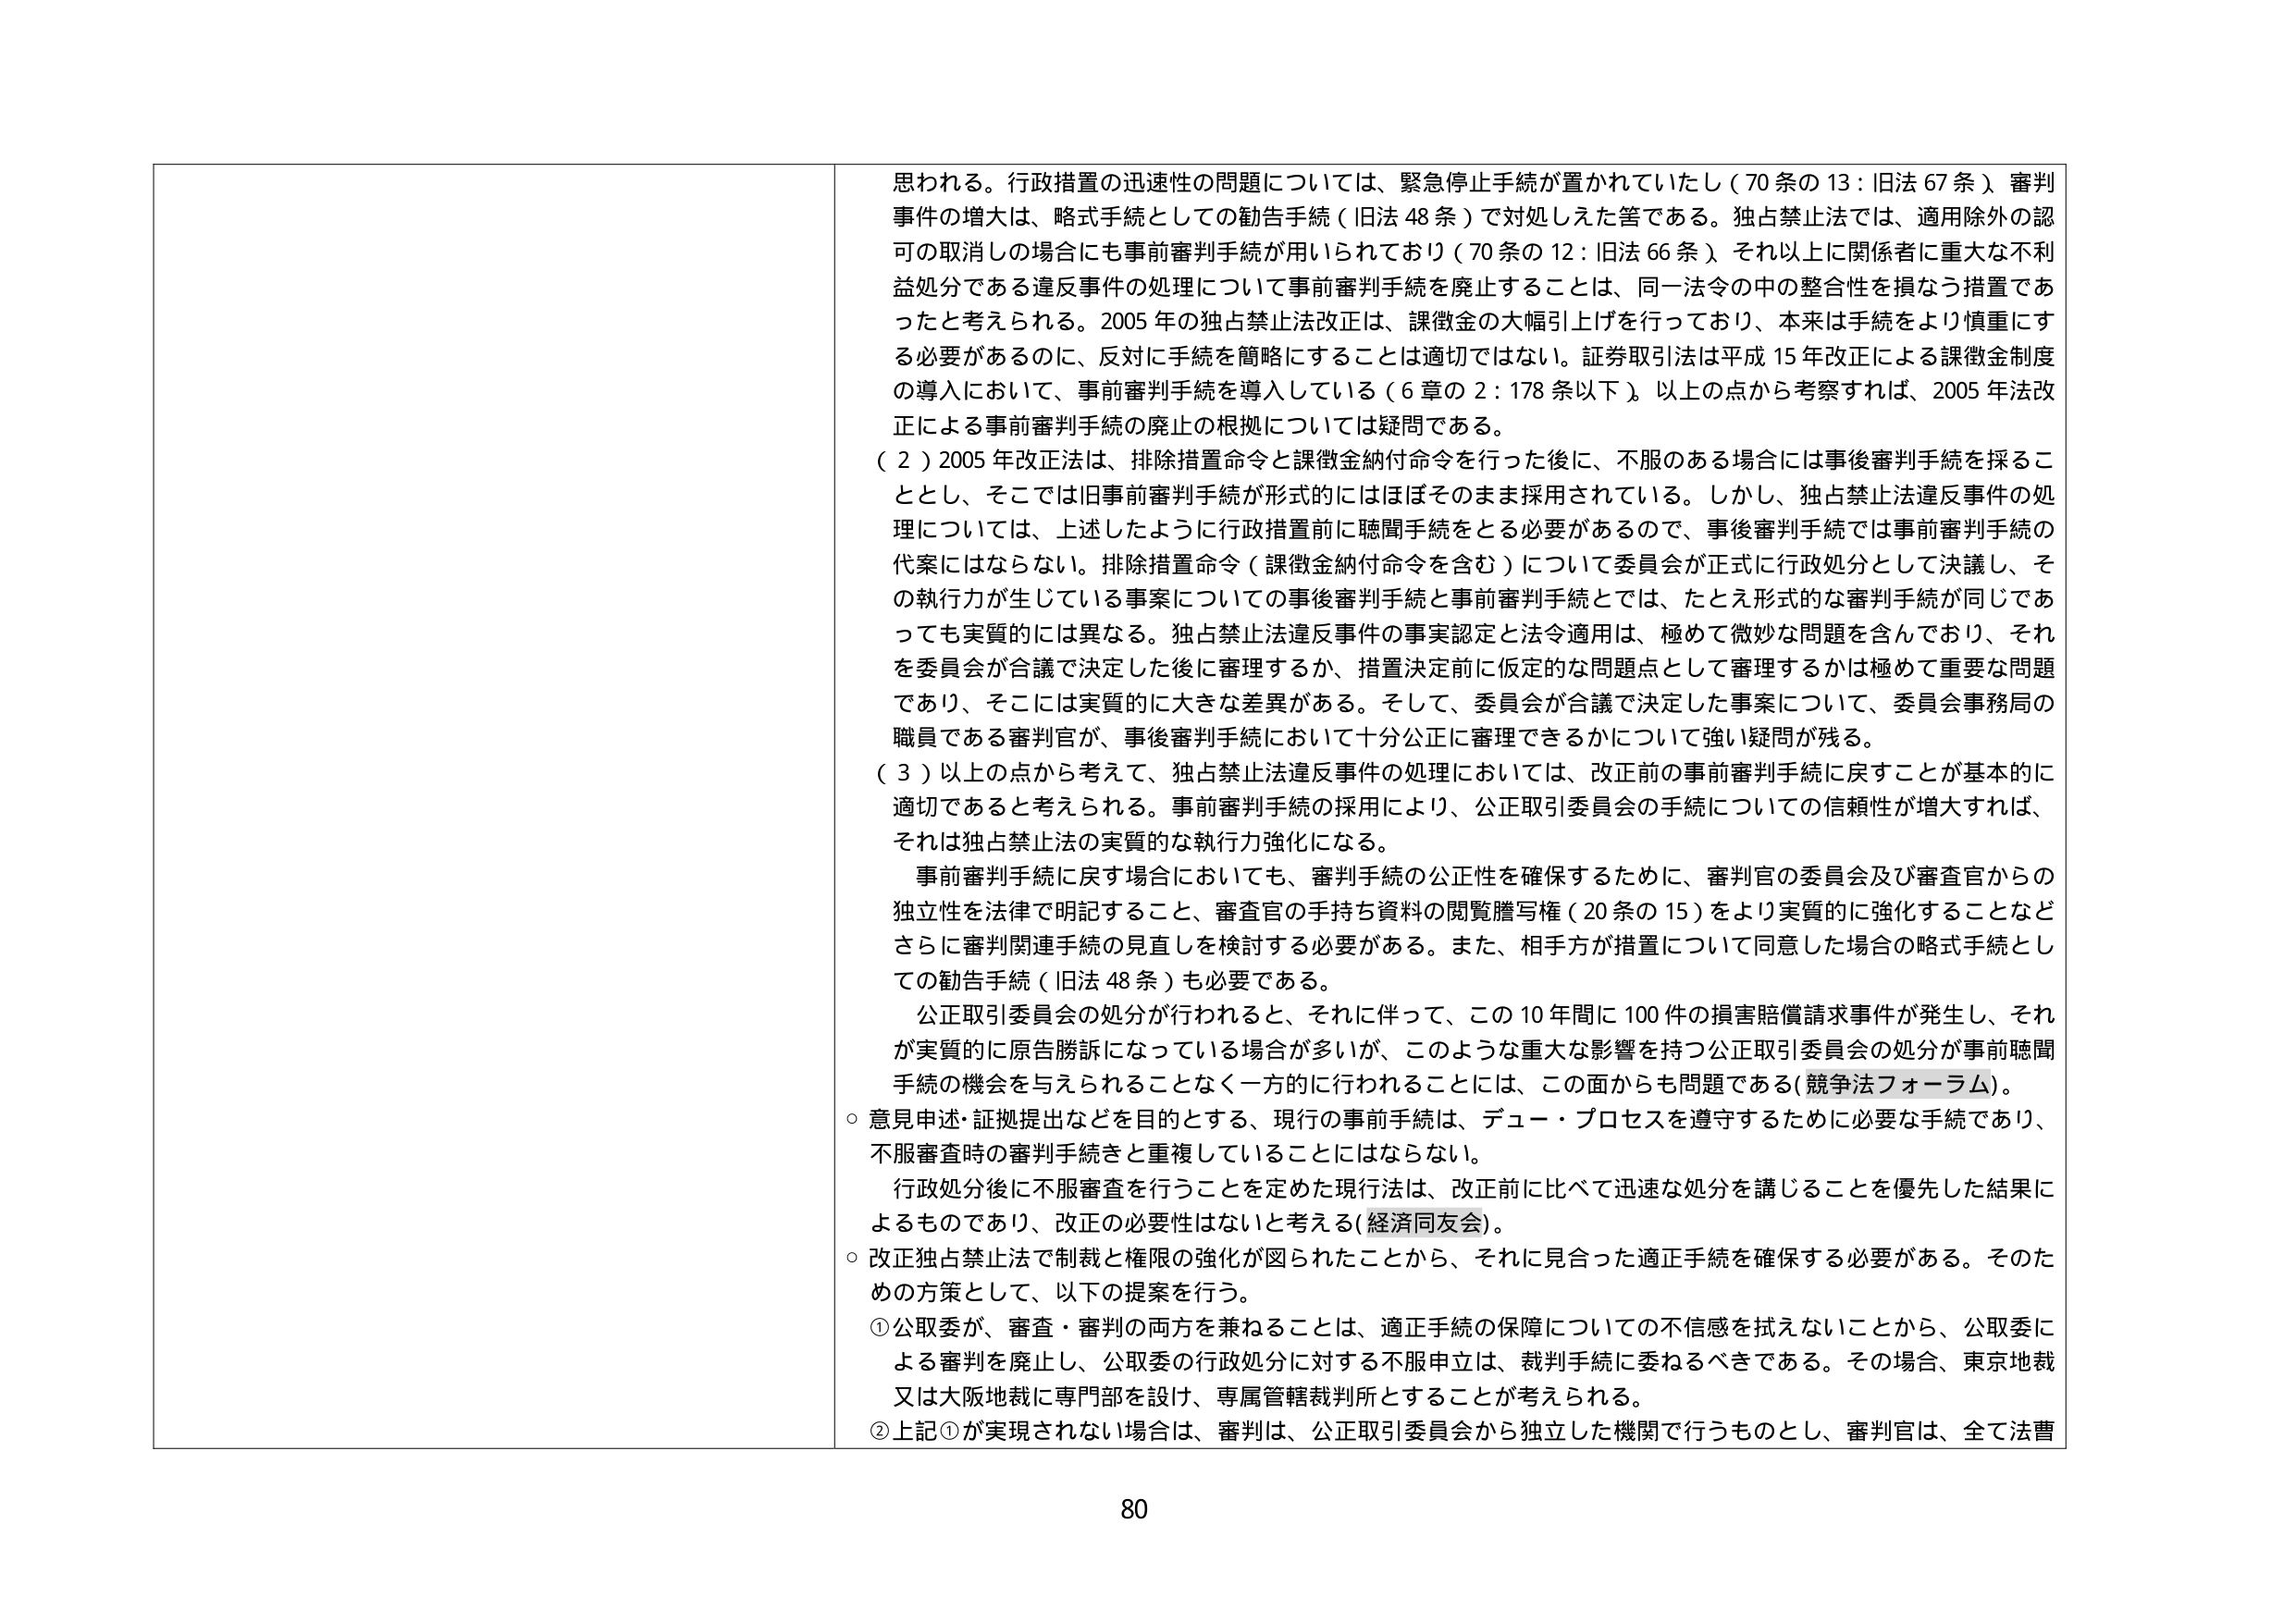
思われる。行政措置の迅速性の問題については、緊急停止手続が置かれていたし（70条の13：旧法67条）審判事件の増大は、略式手続としての勧告手続（旧法48条）で対処しえた筈である。独占禁止法では、適用除外の認可の取消しの場合にも事前審判手続が用いられており（70条の12：旧法66条）それ以上に関係者に重大な不利益処分である違反事件の処理について事前審判手続を廃止することは、同一法令の中の整合性を損なう措置であったと考えられる。2005年の独占禁止法改正は、課徴金の大幅引上げを行っており、本来は手続をより慎重にする必要があるのに、反対に手続を簡略化することは適切ではない。証券取引法は平成15年改正による課徴金制度の導入において、事前審判手続を導入している（6章の2：178条以下）。以上の点から考察すれば、2005年法改正による事前審判手続の廃止の根拠については疑問である。

（2）2005年改正法は、排除措置命令と課徴金納付命令を行った後に、不服のある場合には事後審判手続を採ることとし、そこでは旧事前審判手続が形式的にはほぼそのまま採用されている。しかし、独占禁止法違反事件の処理については、上述したように行政措置前に聴聞手続をとる必要があるので、事後審判手続では事前審判手続の代案にはならない。排除措置命令（課徴金納付命令を含む）について委員会が正式に行政処分として決議し、その執行力が生じている事案についての事後審判手続と事前審判手続とでは、たとえ形式的な審判手続が同じであっても実質的には異なる。独占禁止法違反事件の事実認定と法令適用は、極めて微妙な問題を含んでおり、それを委員会が合議で決定した後に審理するか、措置決定前に仮定的な問題点として審理するかは極めて重要な問題であり、そこには実質的に大きな差異がある。そして、委員会が合議で決定した事案について、委員会事務局の職員である審判官が、事後審判手続において十分公正に審理できるかについて強い疑問が残る。

（3）以上の点から考えて、独占禁止法違反事件の処理においては、改正前の事前審判手続に戻すことが基本的に適切であると考えられる。事前審判手続の採用により、公正取引委員会の手続についての信頼性が増大すれば、それは独占禁止法の実質的な執行力強化になる。

事前審判手続に戻す場合においても、審判手続の公正性を確保するために、審判官の委員会及び審査官からの独立性を法律で明記すること、審査官の手持ち資料の閲覧謄写権（20条の15）をより実質的に強化することなどさらに審判関連手続の見直しを検討する必要がある。また、相手方が措置について同意した場合の略式手続としての勧告手続（旧法48条）も必要である。

公正取引委員会の処分が行われると、それに伴って、この10年間に100件の損害賠償請求事件が発生し、それが実質的に原告勝訴になっている場合が多いが、このような重大な影響を持つ公正取引委員会の処分が事前聴聞手続の機会を与えられることなく一方的に行われることは、この面からも問題である（競争法フォーラム）。

○ 意見申述・証拠提出などを目的とする、現行の事前手続は、デュー・プロセスを遵守するために必要な手続であり、不服審査時の審判手続きと重複していることにはならない。

行政処分後に不服審査を行うことを定めた現行法は、改正前に比べて迅速な処分を講じることを優先した結果によるものであり、改正の必要性はないと考える（経済同友会）。

○ 改正独占禁止法で制裁と権限の強化が図られたことから、それに見合った適正手続を確保する必要がある。そのための方策として、以下の提案を行う。

① 公取委が、審査・審判の両方を兼ねることは、適正手続の保障についての不信感を拭えないことから、公取委による審判を廃止し、公取委の行政処分に対する不服申立は、裁判手続に委ねるべきである。その場合、東京地裁又は大阪地裁に専門部を設け、専属管轄裁判所とすることが考えられる。

② 上記①が実現されない場合は、審判は、公正取引委員会から独立した機関で行うものとし、審判官は、全て法曹

80